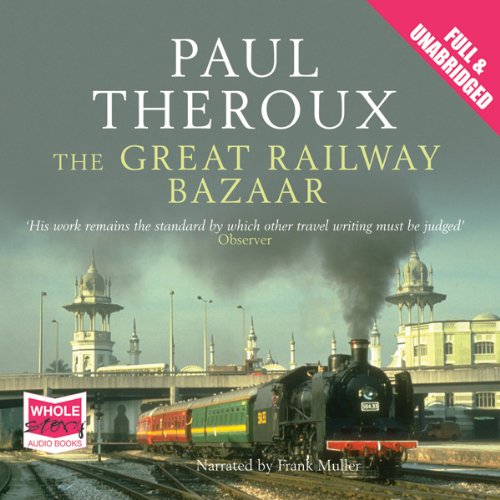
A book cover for The Great Railway Bazaar; Paul Theroux; Travel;